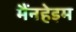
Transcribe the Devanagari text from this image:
मैंनहेइम